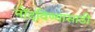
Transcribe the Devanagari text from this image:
नोंदविण्यासाठी